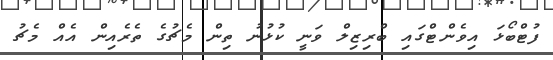
ފުޓްބޯޅަ އިވެންޓްގައި ބްރިޒިލް ވަނީ ކުޅުނު ތިން މެޗުގެ ތެރެއިން އެއް މެޗު